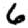
Digit: 6